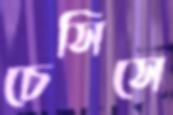
চেসিসে